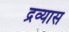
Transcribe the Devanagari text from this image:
द्रव्यास